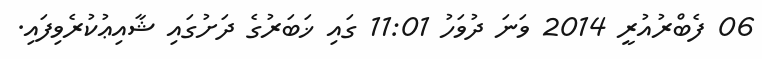
06 ފެބްރުއުރީ 2014 ވަނަ ދުވަހު 11:01 ގައި ޚަބަރުގެ ދަށުގައި ޝާއިޢުކުރެވިފައި.